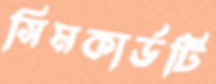
সিমকার্ডটি